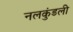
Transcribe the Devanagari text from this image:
नलकुंडली